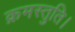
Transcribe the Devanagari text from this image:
क्रमस्तुति।